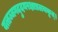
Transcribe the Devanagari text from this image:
यत्तज्जगदुदयरक्षाप्रलयकृत्।